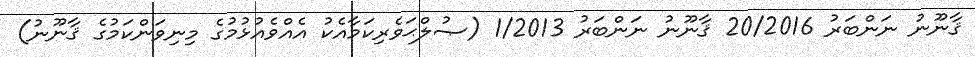
ޤާނޫނު ނަންބަރު 20/2016 ޤާނޫނު ނަންބަރު 1/2013 (ޞުލްޙަވެރިކަމާއެކު އެއްވެއުޅުމުގެ މިނިވަންކަމުގެ ޤާނޫނު)